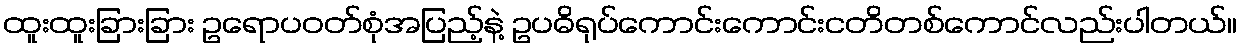
ထူးထူးခြားခြား ဥရောပဝတ်စုံအပြည့်နဲ့ ဥပဓိရုပ်ကောင်းကောင်းငတိတစ်ကောင်လည်းပါတယ်။